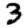
Digit: 3